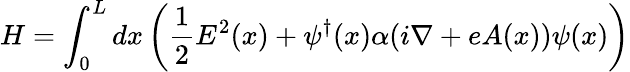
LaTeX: H=\int_{0}^{L}dx\left({\frac{1}{2}}E^{2}(x)+\psi^{\dagger}(x)\alpha(i\nabla+eA(x))\psi(x)\right)